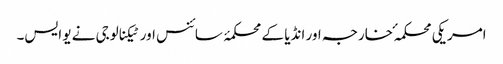
امریکی محکمہ ٔ خارجہ اور انڈیا کے محکمۂ سائنس اور ٹیکنالوجی نے یو ایس۔